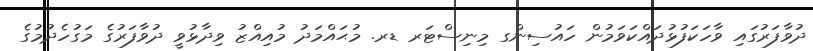
ދުވާފަރުގައި ވާހަކަފުޅުދައްކަވަމުން ހައުސިންގ މިނިސްޓަރ ޑރ. މުޙައްމަދު މުއިއްޒު ވިދާޅުވީ ދުވާފަރުގެ މަގުހެދުމުގެ